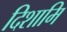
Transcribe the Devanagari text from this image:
दिशामि